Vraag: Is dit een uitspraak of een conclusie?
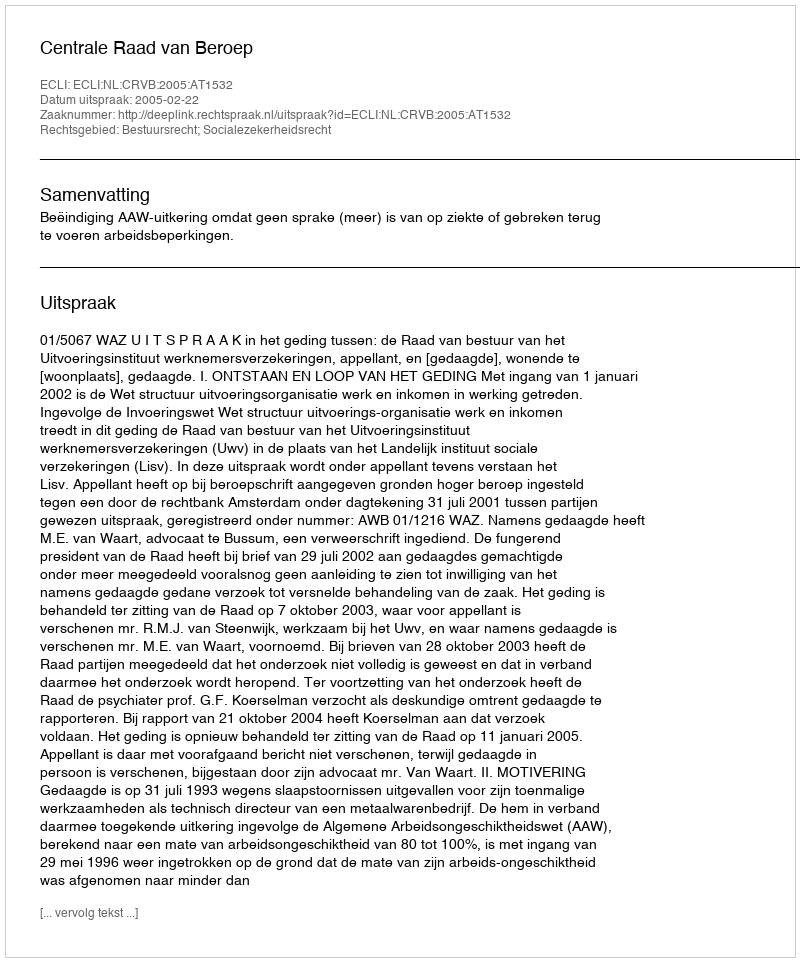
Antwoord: Uitspraak